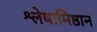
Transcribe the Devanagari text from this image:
श्लेषामिष्ठान